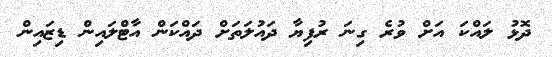
ދޮޅު ލައްކަ އަށް ވުރެ ގިނަ ރުފިޔާ ދައުލަތަށް ދައްކަން އާޓްލައިން ޑިޒައިން